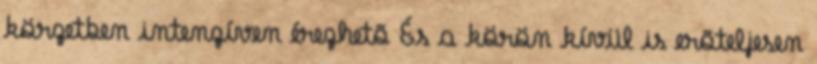
körzetben intenzíven érezhetõ És a körön kívül is erõteljesen